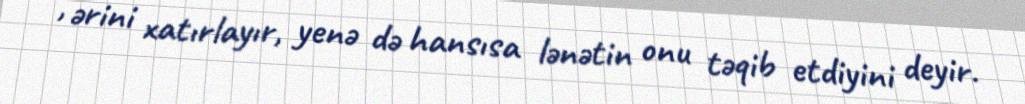
, ərini xatırlayır, yenə də hansısa lənətin onu təqib etdiyini deyir.